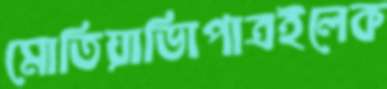
মোতিয়াভিাপাত্রইলেক